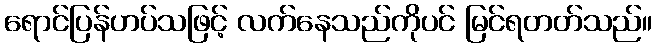
ရောင်ပြန်ဟပ်သဖြင့် လက်နေသည်ကိုပင် မြင်ရတတ်သည်။